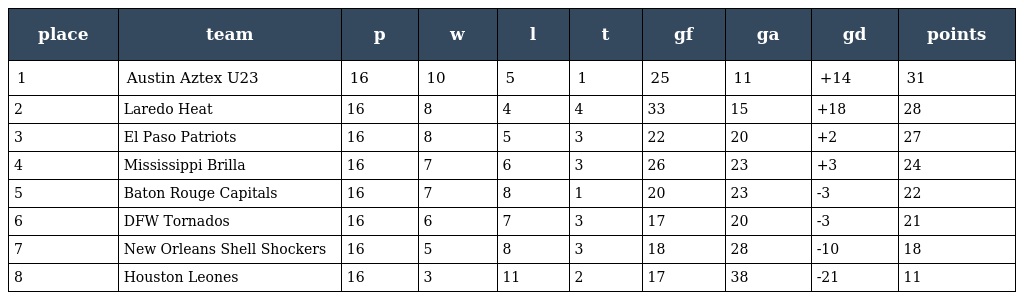
| place | team | p | w | l | t | gf | ga | gd | points |
 | --- | --- | --- | --- | --- | --- | --- | --- | --- | --- |
 | 1 | Austin Aztex U23 | 16 | 10 | 5 | 1 | 25 | 11 | +14 | 31 |
 | 2 | Laredo Heat | 16 | 8 | 4 | 4 | 33 | 15 | +18 | 28 |
 | 3 | El Paso Patriots | 16 | 8 | 5 | 3 | 22 | 20 | +2 | 27 |
 | 4 | Mississippi Brilla | 16 | 7 | 6 | 3 | 26 | 23 | +3 | 24 |
 | 5 | Baton Rouge Capitals | 16 | 7 | 8 | 1 | 20 | 23 | -3 | 22 |
 | 6 | DFW Tornados | 16 | 6 | 7 | 3 | 17 | 20 | -3 | 21 |
 | 7 | New Orleans Shell Shockers | 16 | 5 | 8 | 3 | 18 | 28 | -10 | 18 |
 | 8 | Houston Leones | 16 | 3 | 11 | 2 | 17 | 38 | -21 | 11 |